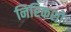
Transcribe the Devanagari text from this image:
निरिकशो